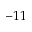
- 1 1